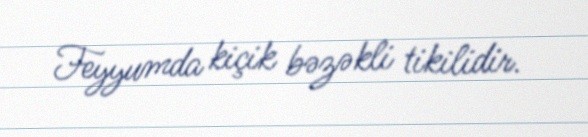
Feyyumda kiçik bəzəkli tikilidir.